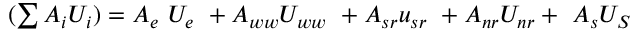
\begin{array} { r } { ( \sum { A _ { i } U _ { i } } ) = A _ { e } \ U _ { e } \ + A _ { w w } U _ { w w } \ + A _ { s r } u _ { s r } \ + A _ { n r } U _ { n r } + \ A _ { s } U _ { S } } \end{array}